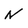
Character: N